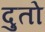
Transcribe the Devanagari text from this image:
दुतो